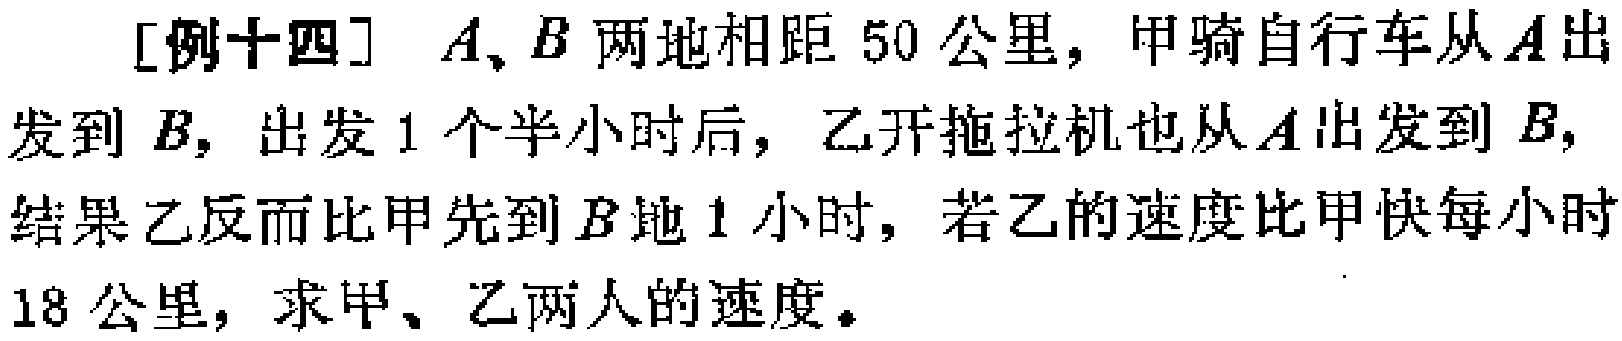
[例十四] \(A、B\) 两地相距 \(50\) 公里，甲骑自行车从 \(A\) 出发到 \(B\)，出发 \(1\) 个半小时后，乙开拖拉机也从 \(A\) 出发到 \(B\)，结果乙反而比甲先到 \(B\) 地 \(1\) 小时，若乙的速度比甲快每小时 \(18\) 公里，求甲、乙两人的速度。